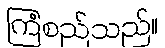
ကြံစည်သည်။